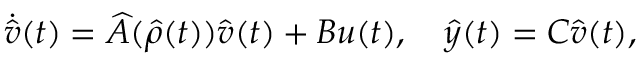
\dot { \ensuremath { \hat { v } } } ( t ) = \ensuremath { \widehat { A } } ( \ensuremath { \hat { \rho } } ( t ) ) \ensuremath { \hat { v } } ( t ) + B u ( t ) , \quad \ensuremath { \hat { y } } ( t ) = C \ensuremath { \hat { v } } ( t ) ,